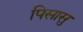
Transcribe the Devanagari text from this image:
पिसासु